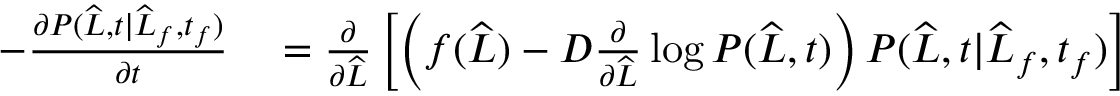
\begin{array} { r l } { - \frac { \partial P ( \widehat { L } , t | \widehat { L } _ { f } , t _ { f } ) } { \partial t } } & { { } = \frac { \partial } { \partial \widehat { L } } \left[ \left( f ( \widehat { L } ) - D \frac { \partial } { \partial \widehat { L } } \log P ( \widehat { L } , t ) \right) P ( \widehat { L } , t | \widehat { L } _ { f } , t _ { f } ) \right] } \end{array}